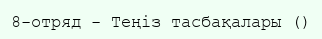
8-отряд - Теңіз тасбақалары ()